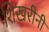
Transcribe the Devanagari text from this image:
शिखरीनी